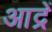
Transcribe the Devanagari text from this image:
आद्रें